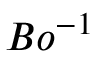
B o ^ { - 1 }